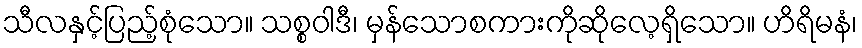
သီလနှင့်ပြည့်စုံသော။ သစ္စဝါဒီ၊ မှန်သောစကားကိုဆိုလေ့ရှိသော။ ဟိရိမနံ၊